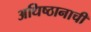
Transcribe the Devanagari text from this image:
अधिष्ठानाची